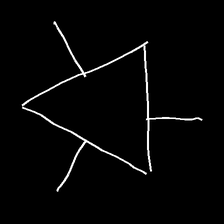
Glyph: fire